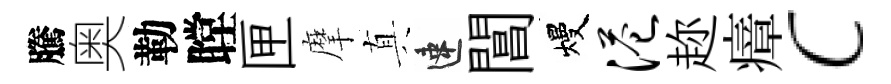
騰奥勒瞠匣摩真速閶熳港趂瘴c